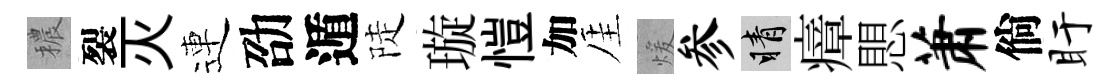
穠裂灭連劭遁陡璇愷加厓煖参睛瘴愳萧倘盱